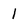
Character: I